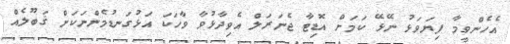
އެހެންވީމާ ފިޔަވަޅު ނޭޅޭ ކަމަށް އޮޑިޓާ ޖެނަރަލް އެވިދާޅުވާ ވާހަކަ އަޅުގަނޑުމެންނަކަށް ޤަބޫލެއް